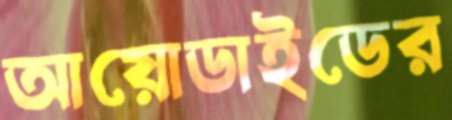
আয়োডাইডের